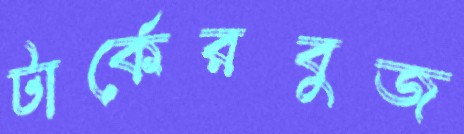
টার্কেরবুজ